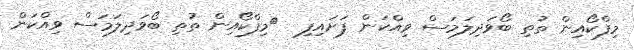
މިފްކޯއިން ތުތި ބޯވަދިލަމަސް ވިއްކަން ފަށައިފި  	މިފްކޯއިން ތުތި ބޯވަދިލަމަސް ވިއްކަން